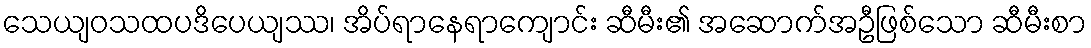
သေယျဝသထပဒိပေယျဿ၊ အိပ်ရာနေရာကျောင်း ဆီမီး၏ အဆောက်အဦဖြစ်သော ဆီမီးစာ